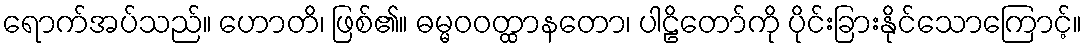
ရောက်အပ်သည်။ ဟောတိ၊ ဖြစ်၏။ ဓမ္မဝဝတ္ထာနတော၊ ပါဠိတော်ကို ပိုင်းခြားနိုင်သောကြောင့်။